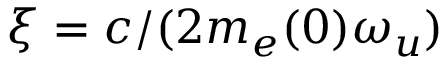
\xi = c / ( 2 m _ { e } ( 0 ) \omega _ { u } )